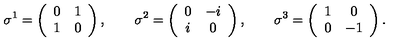
\sigma ^ { 1 } = \left( \begin{array} { c c } { 0 } & { 1 } \\ { 1 } & { 0 } \\ \end{array} \right) , \qquad \sigma ^ { 2 } = \left( \begin{array} { c c } { 0 } & { - i } \\ { i } & { 0 } \\ \end{array} \right) , \qquad \sigma ^ { 3 } = \left( \begin{array} { c c } { 1 } & { 0 } \\ { 0 } & { - 1 } \\ \end{array} \right) .